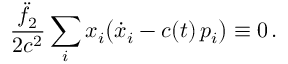
\frac { \ddot { f } _ { 2 } } { 2 c ^ { 2 } } \sum _ { i } x _ { i } \big ( \dot { x } _ { i } - c ( t ) \, p _ { i } \big ) \equiv 0 \, .